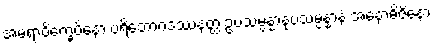
အမရာဝိက္ခေပိနော ပရိဘောဂဒဿနတ္ထံ ဥပသမ္ပန္နာနုပသမ္ပန္နာနံ အနောဓိဇိနော